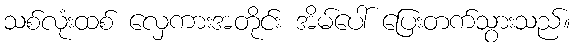
သစ်လုံးထစ် လှေကားအတိုင်း အိမ်ပေါ် ပြေးတက်သွားသည်။